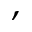
,